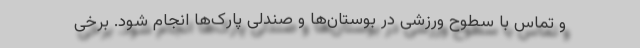
و تماس با سطوح ورزشی در بوستان‌ها و صندلی پارک‌ها انجام شود. برخی